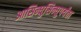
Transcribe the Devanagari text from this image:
आसिन्धुसिन्धुपर्यंता